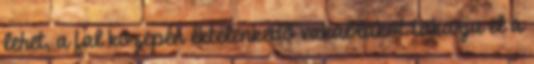
lehet, a fal közepén éktelenkedõ vakablakot takarja el a